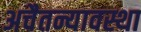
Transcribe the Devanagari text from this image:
अचैतन्यावस्था